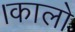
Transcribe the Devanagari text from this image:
।कालो